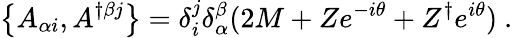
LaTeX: \left\{ A_{\alpha i},A^{\dagger\beta j}\right\} =\delta_{i}^{j}\delta_{\alpha}^{\beta}(2M+Ze^{-i\theta}+Z^{\dagger}e^{i\theta})\ .